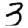
Digit: 3